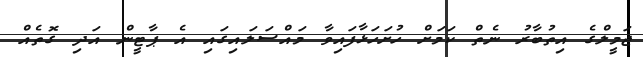
ޖަމީލްގެ އިތުބާރު ނެތް ކަމަށް ހުށަހަޅާފައިވާ މައްސަލައިގައި އެ ޕާޓީން އަދި ގޮތެއް